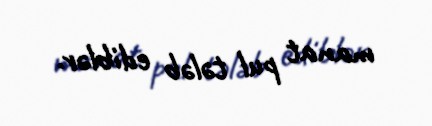
manat pul tələb ediblər.